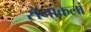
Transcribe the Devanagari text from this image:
सेनाकलां